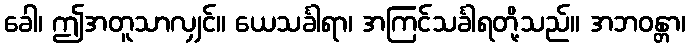
ခေါ၊ ဤအတူသာလျှင်။ ယေသင်္ခါရာ၊ အကြင်သင်္ခါရတို့သည်။ အဘဝန္တာ၊